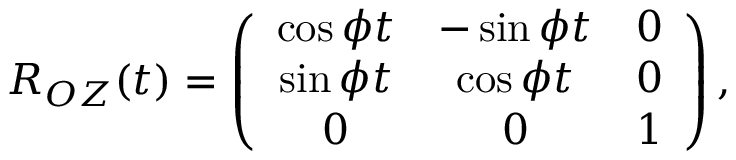
\begin{array} { r } { R _ { O Z } ( t ) = \left( \begin{array} { c c c } { \cos \phi t } & { - \sin \phi t } & { 0 } \\ { \sin \phi t } & { \cos \phi t } & { 0 } \\ { 0 } & { 0 } & { 1 } \end{array} \right) , } \end{array}